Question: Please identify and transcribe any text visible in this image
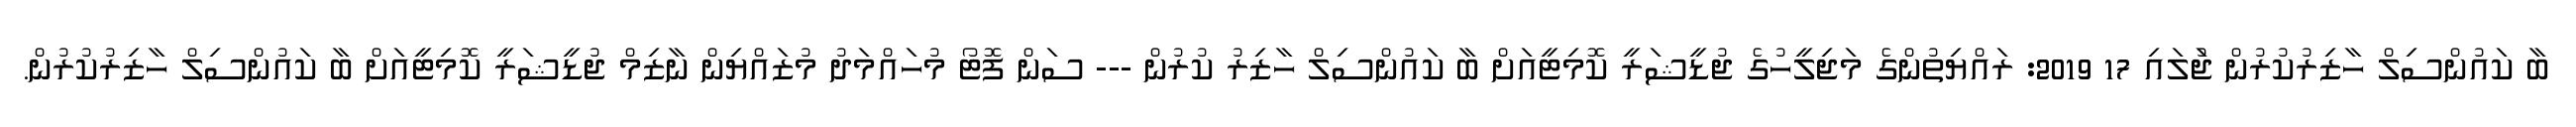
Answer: ބާ ކައުންސިލް ހާޒިރުކުރުން ޖުަލައި 17 2019: ރައްޔިތުންގެ މަޖިލީހުގެ ޖުޑީޝަރީ ކޮމިޓީއަށް ބާ ކައުންސިލް ހާޒިރު ކުރުން --- ސަން ފޮޓޯ މުހައްމަދު މުޒައްޔިން ނާޒިމް ޖުޑީޝަރީ ކޮމިޓީއަށް ބާ ކައުންސިލް ހާޒިރުކުރުން.